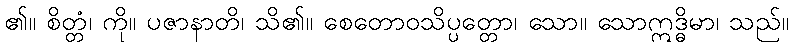
၏။ စိတ္တံ၊ ကို။ ပဇာနာတိ၊ သိ၏။ စေတောဝသိပ္ပတ္တော၊ သော။ သောဣဒ္ဓိမာ၊ သည်။